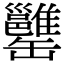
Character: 𦉥